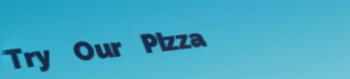
Try Our Pizza